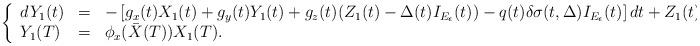
LaTeX: \begin{align*}\left\{\begin{array}[c]{lll}dY_{1}(t) & = & -\left[ g_{x}(t)X_{1}(t)+g_{y}(t)Y_{1}(t)+g_{z}(t)(Z_{1}(t)-\Delta(t)I_{E_{\epsilon}}(t))-q(t)\delta\sigma(t,\Delta)I_{E_{\epsilon}}(t)\right] dt+Z_{1}(t)dB(t),\\Y_{1}(T) & = & \phi_{x}(\bar{X}(T))X_{1}(T).\end{array}\right. \end{align*}